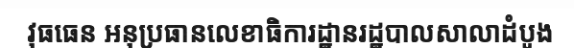
វុធធេន អនុប្រធានលេខាធិការដ្ឋានរដ្ឋបាលសាលាដំបូង